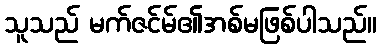
သူသည် မက်ဇင်မ်၏အစ်မဖြစ်ပါသည်။